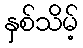
နှစ်သိမ့်